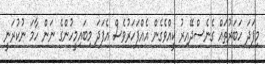
މިފަދަ ހަބަރުތައް ގެނެސްދޭއިރު ކީއްވެގެން އެއްފަހަރުވެސް އެފަދަ މިބައިމީހުންގެ ނަން ހާމަ ނުކުރަނީ